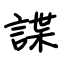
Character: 諜